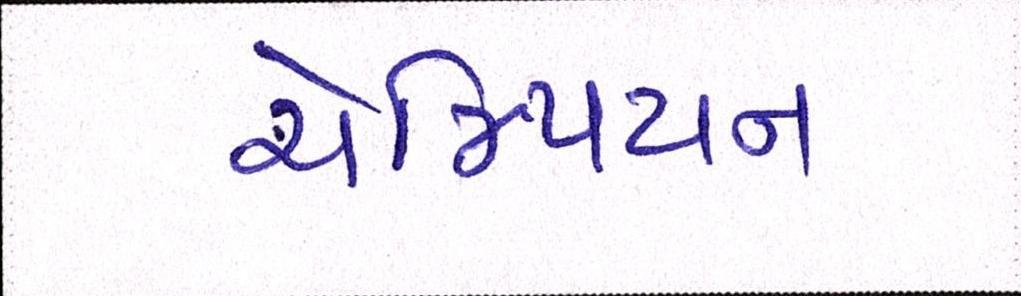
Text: ચેમ્પિયન